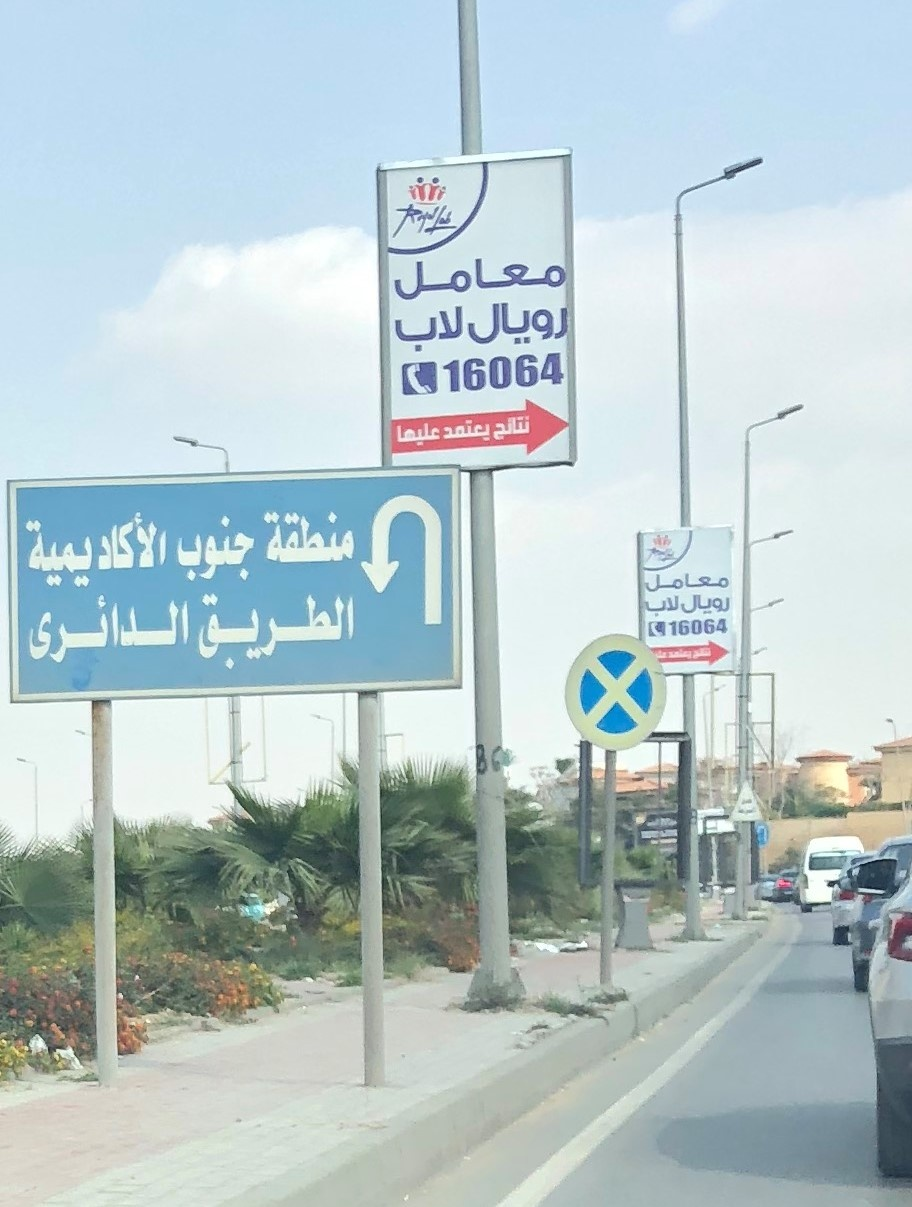
Text in image: معامل رويال لاب نتائج يعتمد عليها منطقة الأكاديمية جنوب معامل رويال لاب الطريق الدائرى RoyalLab 16064 16064